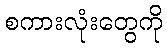
စကားလုံးတွေကို